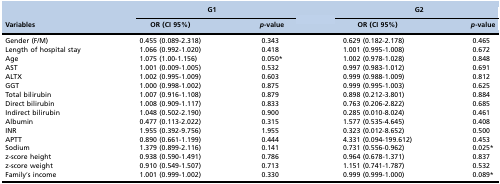
<table><thead><tr><td rowspan="2"><b>Variables</b></td><td colspan="2"><b>G1</b></td><td colspan="2"><b>G2</b></td></tr><tr><td><b>OR (CI 95%)</b></td><td><b><i>p</i>-value</b></td><td><b>OR (CI 95%)</b></td><td><b><i>p</i>-value</b></td></tr></thead><tbody><tr><td>Gender (F/M)</td><td>0.455 (0.089-2.318)</td><td>0.343</td><td>0.629 (0.182-2.178)</td><td>0.465</td></tr><tr><td>Length of hospital stay</td><td>1.066 (0.992-1.020)</td><td>0.418</td><td>1.001 (0.995-1.008)</td><td>0.672</td></tr><tr><td>Age</td><td>1.075 (1.00-1.156)</td><td>0.050*</td><td>1.002 (0.978-1.028)</td><td>0.848</td></tr><tr><td>AST</td><td>1.001 (0.009-1.005)</td><td>0.532</td><td>0.997 (0.983-1.012)</td><td>0.691</td></tr><tr><td>ALTX</td><td>1.002 (0.995-1.009)</td><td>0.603</td><td>0.999 (0.988-1.009)</td><td>0.812</td></tr><tr><td>GGT</td><td>1.000 (0.998-1.002)</td><td>0.875</td><td>0.999 (0.995-1.003)</td><td>0.625</td></tr><tr><td>Total bilirubin</td><td>1.007 (0.916-1.108)</td><td>0.879</td><td>0.898 (0.212-3.801)</td><td>0.884</td></tr><tr><td>Direct bilirubin</td><td>1.008 (0.909-1.117)</td><td>0.833</td><td>0.763 (0.206-2.822)</td><td>0.685</td></tr><tr><td>Indirect bilirubin</td><td>1.048 (0.502-2.190)</td><td>0.900</td><td>0.285 (0.010-8.024)</td><td>0.461</td></tr><tr><td>Albumin</td><td>0.477 (0.113-2.022)</td><td>0.315</td><td>1.577 (0.535-4.645)</td><td>0.408</td></tr><tr><td>INR</td><td>1.955 (0.392-9.756)</td><td>1.955</td><td>0.323 (0.012-8.652)</td><td>0.500</td></tr><tr><td>APTT</td><td>0.890 (0.661-1.199)</td><td>0.444</td><td>4.331 (0.094-199.612)</td><td>0.453</td></tr><tr><td>Sodium</td><td>1.379 (0.899-2.116)</td><td>0.141</td><td>0.731 (0.556-0.962)</td><td>0.025*</td></tr><tr><td>z-score height</td><td>0.938 (0.590-1.491)</td><td>0.786</td><td>0.964 (0.678-1.371)</td><td>0.837</td></tr><tr><td>z-score weight</td><td>0.910 (0.549-1.507)</td><td>0.713</td><td>1.151 (0.741-1.787)</td><td>0.532</td></tr><tr><td>Family’s income</td><td>1.001 (0.999-1.002)</td><td>0.330</td><td>0.999 (0.999-1.000)</td><td>0.089*</td></tr></tbody></table>